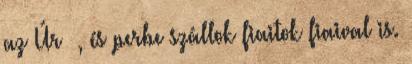
az Úr –, és perbe szállok fiaitok fiaival is.